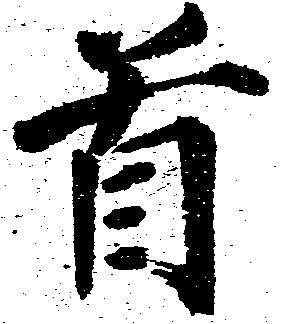
首